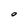
Character: O